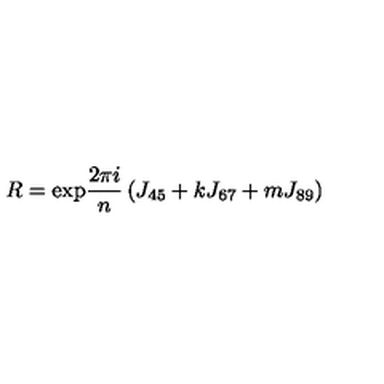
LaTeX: R = { \mathrm { e x p } } \frac { 2 \pi i } { n } \left( J _ { 4 5 } + k J _ { 6 7 } + m J _ { 8 9 } \right)